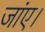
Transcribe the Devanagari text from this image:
जांए।